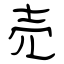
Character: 売